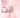
انت